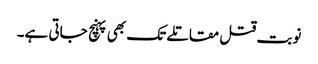
نوبت قتل مقاتلے تک بھی پہنچ جاتی ہے۔